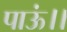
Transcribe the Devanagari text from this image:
पाऊं।।